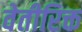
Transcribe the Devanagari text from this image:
वेतीरिक्त